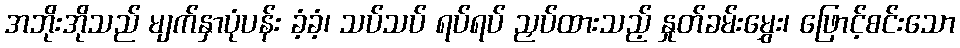
အဘိုးအိုသည် မျက်နှာပုံပန်း ခံ့ခံ့၊ သပ်သပ် ရပ်ရပ် ညှပ်ထားသည့် နှုတ်ခမ်းမွှေး၊ ဖြောင့်စင်းသော